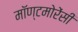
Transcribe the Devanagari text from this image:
मॉण्टमोरेंसी